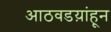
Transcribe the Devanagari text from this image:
आठवडय़ांहून